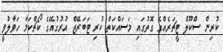
ކުރިން ސްކޫލް ޓީޗަރެއްގެ ގޮތުގައި މަސައްކަތް ކުރި ޓަބަރޭޒް އުރުގުއޭގެ ކޯޗްކަމާ ހަވާލުވީ